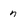
Character: n